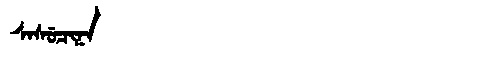
Manchu: ᠰᠠᠰᡠᠴᡳᠨᠠ
Romanization: SASUCINA